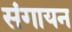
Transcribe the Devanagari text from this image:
संगायन